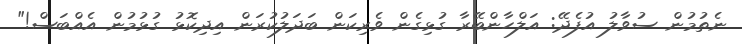
ނެތުމުން ސުވާލު އުފެދޭ: އަލްހާންބޭރާ ގުޅިގެން ވެރިކަން ބަދަލުކުރަން އިދިކޮޅު ގުޅުމުން އެއްބަސް!"